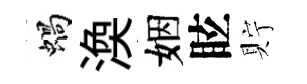
蝸渙姻眩貯